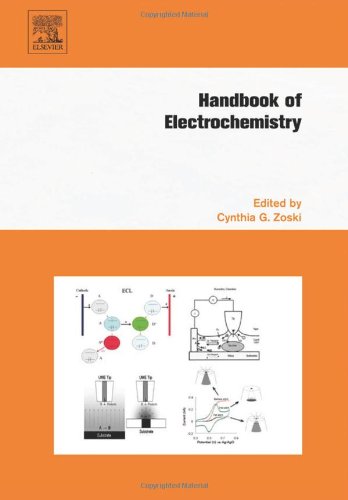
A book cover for Handbook of Electrochemistry; Science & Math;